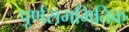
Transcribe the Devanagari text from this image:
पूर्णसममितिक